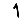
Digit: 1